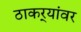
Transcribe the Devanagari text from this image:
ठाकर्‍यांवर